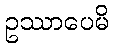
ဥဿာပေမိ